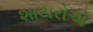
શાયરોએ